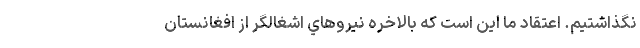
نگذاشتيم. اعتقاد ما اين است كه بالاخره نيروهاي اشغالگر از افغانستان